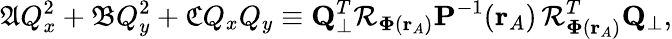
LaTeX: \mathfrak{A}Q_{x}^{2}+\mathfrak{B}Q_{y}^{2}+\mathfrak{C}Q_{x}Q_{y}\equiv\mathbf{Q}_{\perp}^{T}\mathcal{R}_{\mathbf{\Phi}(\mathbf{r}_{A})}\mathbf{P}^{-1}(\mathbf{r}_{A})\, \mathcal{R}_{\mathbf{\Phi}(\mathbf{r}_{A})}^{T}\mathbf{Q}_{\perp},